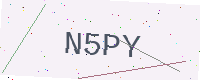
Text: N5PY